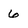
Character: 6